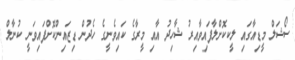
ސޯޝަލް މީޑިއާގައި ލީކކޮށްލާފައިވާއިރު ޝާހިދު އާއި މީރާގެ ކައިވެނީގެ ހެދުން ޑިޒައިންކޮށްފައިވަނީ ކުނާލް